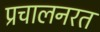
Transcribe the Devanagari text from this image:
प्रचालनरत